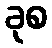
ခုစ